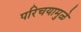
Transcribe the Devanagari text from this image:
परिचयामुळे